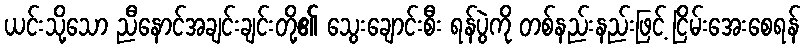
ယင်းသို့သော ညီနောင်အချင်းချင်းတို့၏ သွေးချောင်းစီး ရန်ပွဲကို တစ်နည်းနည်းဖြင့် ငြိမ်းအေးစေရန်